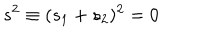
LaTeX: s ^ { 2 } \equiv ( s _ { 1 } + s _ { 2 } ) ^ { 2 } = 0